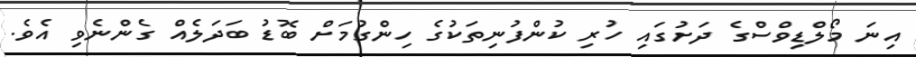
އިނަ މޯލްޑިވްސްގެ ދަށުގައި ހުރި ކުންފުނިތަކުގެ ހިންގުމަށް ބޮޑު ބަދަލެއް ގެންނެވި އެވެ.